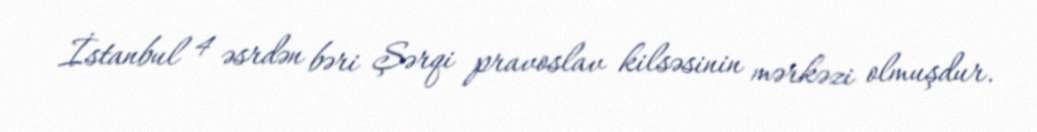
İstanbul 4 əsrdən bəri Şərqi pravoslav kilsəsinin mərkəzi olmuşdur.